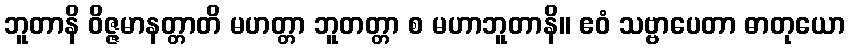
ဘူတာနိ ဝိဇ္ဇမာနတ္တာတိ မဟတ္တာ ဘူတတ္တာ စ မဟာဘူတာနိ။ ဧဝံ သဗ္ဗာပေတာ ဓာတုယော